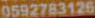
0592783126